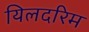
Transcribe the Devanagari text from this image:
यिलदरिम